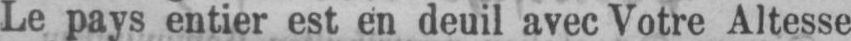
Le pays entier est en deuil avec Votre Altesse